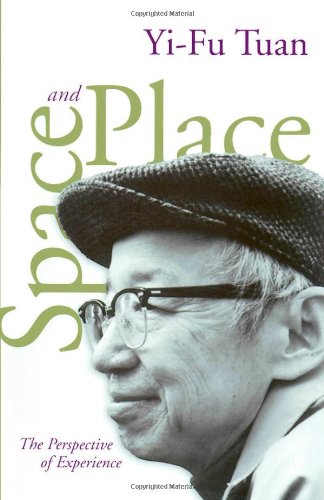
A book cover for Space and Place: The Perspective of Experience; Yi-Fu Tuan; Science & Math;